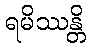
ရမိဿန္တိ